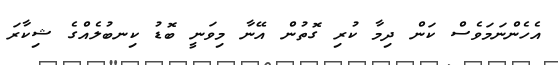
އެހެންނަމަވެސް ކަން ދިމާ ކުރި ގޮތުން އޭނާ މިވަނީ ބޮޑު ކިނބުލެއްގެ ޝިކާރަ